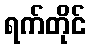
ရက်တိုင်